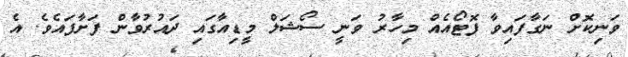
ވަނިކޮށް ނަގާފައިވާ ފޮޓޯއެއް މިހާރު ވަނީ ސޯޝަލް މީޑިއާގައި ދައުރުވާން ފަށާފައެވެ. އެ